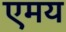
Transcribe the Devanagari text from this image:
एमय